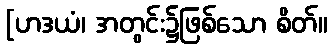
[ဟဒယံ၊ အတွင်း၌ဖြစ်သော စိတ်။